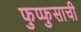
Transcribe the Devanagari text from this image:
फुप्फुसाची